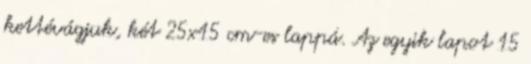
kettévágjuk, két 25x15 cm-es lappá. Az egyik lapot 15